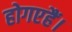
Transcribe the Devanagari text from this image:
होगएहैं।